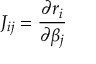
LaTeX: J _ { i j } = { \frac { \partial r _ { i } } { \partial \beta _ { j } } }